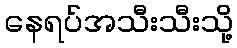
နေရပ်အသီးသီးသို့